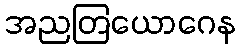
အညတြယောဂေန